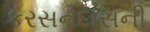
કરસનદાસની